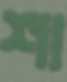
শা